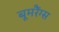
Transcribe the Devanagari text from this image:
बूमरैंग्स